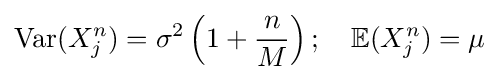
\operatorname {Var} (X_{j}^{n})=\sigma ^{2}\left(1+{\frac {n}{M}}\right);\quad \mathbb {E} (X_{j}^{n})=\mu